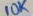
Text: 10K